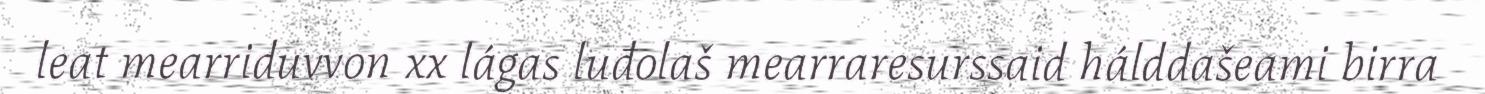
leat mearriduvvon xx lágas luđolaš mearraresurssaid hálddašeami birra